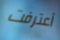
أعترفت